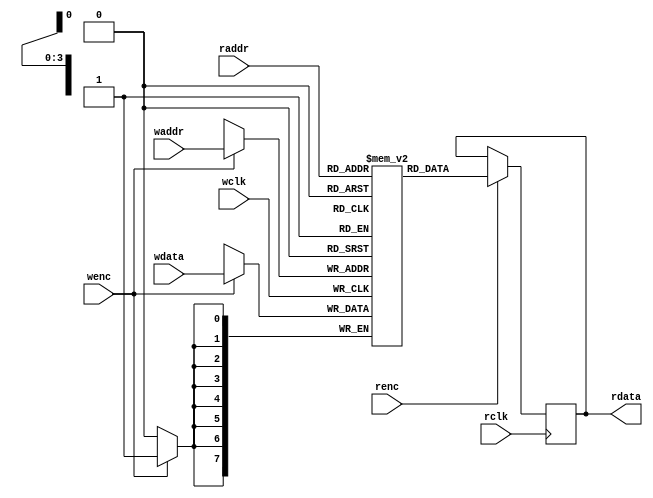
`timescale 1ns/1ns

/***************************************RAM*****************************************/
module dual_port_RAM #(parameter DEPTH = 16,
					   parameter WIDTH = 8)(
	 input wclk
	,input wenc
	,input [$clog2(DEPTH)-1:0] waddr  //2
	,input [WIDTH-1:0] wdata      	//
	,input rclk
	,input renc
	,input [$clog2(DEPTH)-1:0] raddr  //2
	,output reg [WIDTH-1:0] rdata 		//
);
reg [WIDTH-1:0] RAM_MEM [0:DEPTH-1];

always @(posedge wclk) 
begin
if(wenc)
RAM_MEM[waddr] <= wdata;
end 

always @(posedge rclk) 
begin
if(renc)
rdata <= RAM_MEM[raddr];
end 
endmodule  

/***************************************AFIFO*****************************************/
module asyn_fifo#(
	parameter	WIDTH = 8,
	parameter 	DEPTH = 16
)(
	input 					wclk	, 
	input 					rclk	,   
	input 					wrstn	,
	input					rrstn	,
	input 					winc	,
	input 			 		rinc	,
	input 		[WIDTH-1:0]	wdata	,

	output wire				wfull	,
	output wire				rempty	,
	output wire [WIDTH-1:0]	rdata
);
parameter addr_expand=$clog2(DEPTH);
reg [addr_expand:0] waddr,raddr;
reg [addr_expand:0] gray_waddr,gray_raddr;
reg [addr_expand:0] gray_waddr_flip1, gray_waddr_flip2,gray_raddr_flip1,gray_raddr_flip2;

always @(posedge wclk or negedge wrstn)
begin
if(!wrstn)
waddr<=0;
else if(winc&&!wfull)
waddr<=waddr+1;
else
waddr<=waddr;
end

always @(posedge rclk or negedge rrstn)
begin
if(!rrstn)
raddr<=0;
else if(rinc&&!rempty)
raddr<=raddr+1;
else
raddr<=raddr;
end

always @(posedge wclk or negedge wrstn)
begin
if(!wrstn)
gray_waddr<=0;
else
gray_waddr<=(waddr>>1)^(waddr);
end

always @(posedge rclk or negedge rrstn)
begin
if(!rrstn)
gray_raddr<=0;
else
gray_raddr<=(raddr>>1)^(raddr);
end

always @(posedge wclk or negedge wrstn)
begin
if(!wrstn)
begin
gray_waddr_flip1<=0;
gray_waddr_flip2<=0;
end
else
begin
gray_waddr_flip1<=gray_waddr;
gray_waddr_flip2<=gray_raddr_flip1;
end
end

always @(posedge rclk or negedge rrstn)
begin
if(!rrstn)
begin
gray_raddr_flip1<=0;
gray_raddr_flip2<=0;
end
else
begin
gray_raddr_flip1<=gray_raddr;
gray_raddr_flip2<=gray_raddr_flip1;
end
end

assign rempty=(gray_waddr_flip2==gray_raddr);
  assign wfull=({~gray_waddr[addr_expand:addr_expand-1],gray_waddr[addr_expand-2:0]}==gray_raddr_flip2); //

wire wen,ren;
assign wen=winc&&!wfull;
assign ren=rinc&&!rempty;
dual_port_RAM #(.DEPTH(DEPTH),.WIDTH(WIDTH)) ram(
	 .wclk(wclk)
	,.wenc(wen)
	,.waddr(waddr[addr_expand-1:0])
	,.wdata(wdata)      	
	,.rclk(rclk)
	,.renc(ren)
	,.raddr(raddr[addr_expand-1:0])
	,.rdata(rdata) 		
);
endmodule